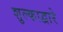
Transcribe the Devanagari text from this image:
शुल्काद्वारे